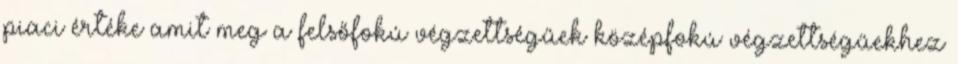
piaci értéke amit meg a felsőfokú végzettségűek középfokú végzettségűekhez